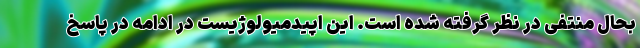
بحال منتفی در نظر گرفته شده است. این اپیدمیولوژیست در ادامه در پاسخ